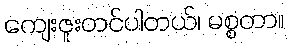
ကျေးဇူးတင်ပါတယ်၊ မစ္စတာ။